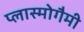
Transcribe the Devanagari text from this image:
प्लास्मोगैमी